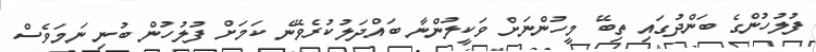
ފުލުހުންގެ ބަންދުގައި ތިބޭ މީހުންނަށް ވަކީލުންނާ ބައްދަލުކުރެވޭނެ ކަމަށް ފުލުހުން ބުނި ނަމަވެސް